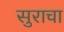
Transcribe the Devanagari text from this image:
सुराचा